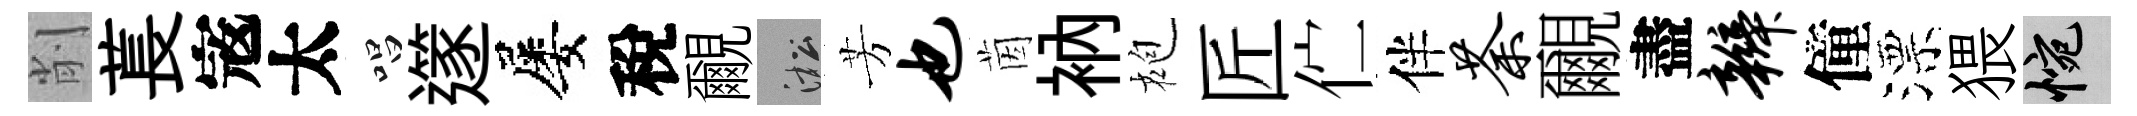
削萇𡨥太唱𨗹屡稅覼淞芳也茵衲袍匠伫伴荼覼盡辫僮漂猥惋